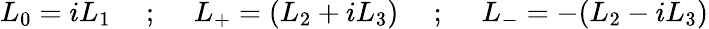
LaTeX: L_{0}=iL_{1}~~~~~;~~~~~L_{+}=(L_{2}+iL_{3})~~~~~;~~~~~L_{-}=-(L_{2}-iL_{3})